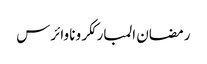
رمضان المبارککرونا وائرس